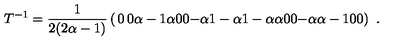
T ^ { - 1 } = \frac { 1 } { 2 ( 2 \alpha - 1 ) } \left( \begin{matrix} { 0 } & { 0 } & { \alpha - 1 } & { \alpha } \\ { 0 } & { 0 } & { - \alpha } & { 1 - \alpha } \\ { 1 - \alpha } & { \alpha } & { 0 } & { 0 } \\ { - \alpha } & { \alpha - 1 } & { 0 } & { 0 } \\ \end{matrix} \right) \ .